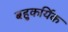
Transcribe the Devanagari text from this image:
बहुकर्यिक